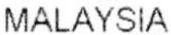
MALAYSIA